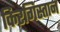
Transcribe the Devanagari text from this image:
किरगिस्तान